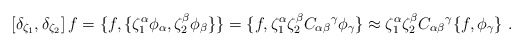
\begin{align*}\left[\delta_{\zeta_1},\delta_{\zeta_2}\right]f=\{f,\{\zeta^\alpha_1\phi_\alpha,\zeta^\beta_2\phi_\beta\}\}=\{f,\zeta^\alpha_1\zeta^\beta_2{C_{\alpha\beta}}^\gamma\phi_\gamma\}\approx\zeta^\alpha_1\zeta^\beta_2{C_{\alpha\beta}}^\gamma\{f,\phi_\gamma\}\ .\end{align*}